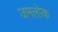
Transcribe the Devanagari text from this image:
जमलोक